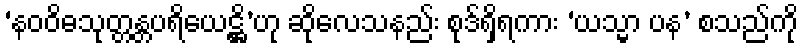
‘နဝဝိဓသုတ္တန္တပရိယေဋ္ဌိ’ဟု ဆိုလေသနည်း စုဒ်ရှိရကား ‘ယသ္မာ ပန’ စသည်ကို